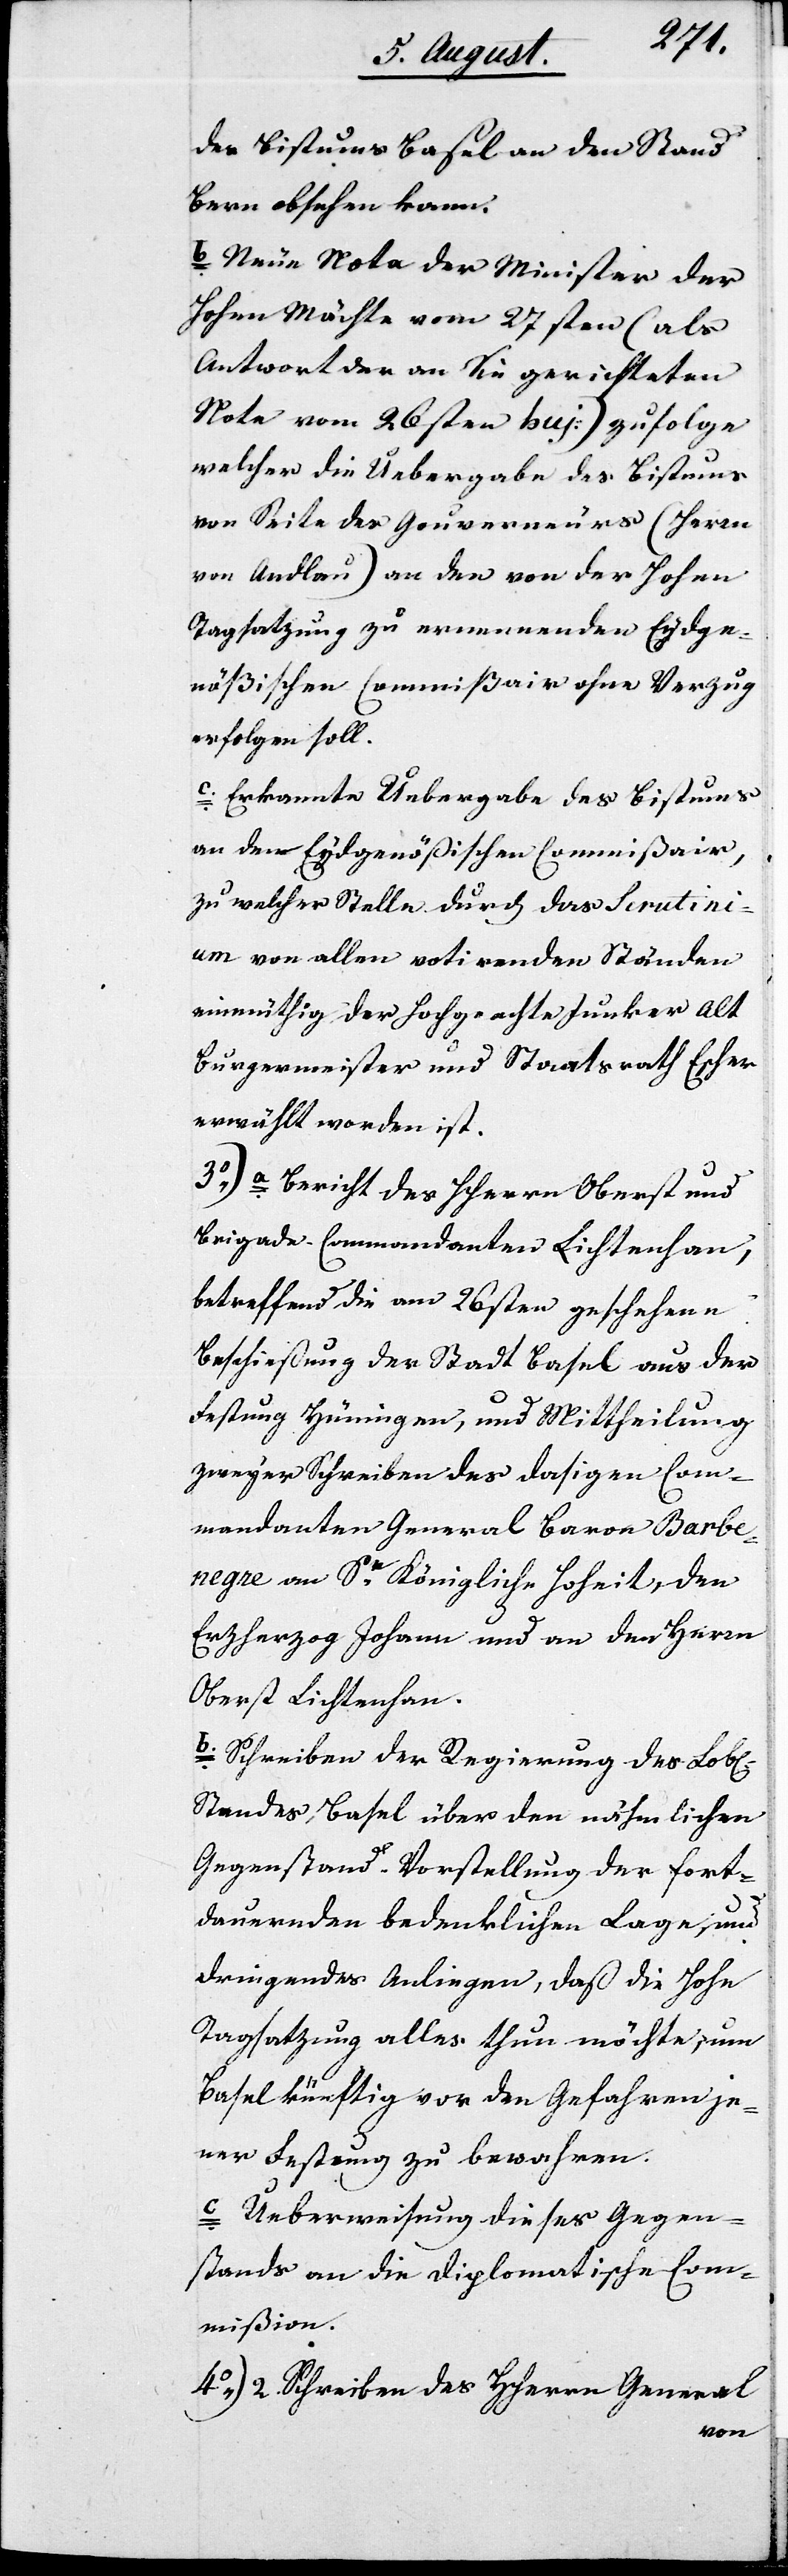
des Bistums Basel an den Stand
Bern absehen kann.
b. Neue Nota der Minister der
Hohen Mächte vom 27sten (als
Antwort der an Sie gerichteten
Note vom 26sten huj.) zufolge
welcher die Übergabe des Bistums
von Seite des Gouverneurs (Herrn
von Andlau) an den von der Hohen
Tagsatzung zu ernennenden Eydge¬
nößischen Commißair ohne Verzug
erfolgen soll.
c. Erkannte Übergabe des Bistums
an den Eydgenößischen Commißair,
zu welcher Stelle durch das Scrutini¬
um von allen votirenden Ständen
einmüthig der Hochgeachte Junker Alt
Burgermeister und Stadtrath Escher
erwählt worden ist.
3.) a. Bericht des HHerren Oberst und
Brigade-Commandanten Lichtenhan,
betreffend die am 26sten geschehene
Beschießung der Stadt Basel aus der
Festung Hüningen, und Mittheilung
zweyer Schreiben des dasigen Com¬
mandanten General Baron Barbe¬
negre an Se. Königliche Hoheit, den
Erzherzog Johann und an den Herrn
Oberst Lichtenhan.
b. Schreiben der Regierung des Lobl.
Standes Basel über den nähmlichen
Gegenstand, Vorstellung der fort¬
dauernden bedenklichen Lage, und
dringendes Anliegen, daß die Hohe
Tagsatzung alles thun möchte, um
Basel künftig vor den Gefahren je¬
ner Festung zu bewahren.
c. Ueberweisung dieses Gegen¬
standes an die diplomatische Com¬
mißion.
4.) 2. Schreiben des HHerrn General